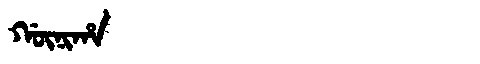
Manchu: ᡤᡡᠨᡳᡥᠠ
Romanization: GŪNIHA